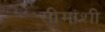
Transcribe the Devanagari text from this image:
सीमांशी